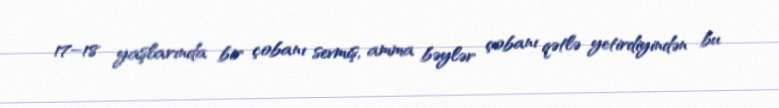
17–18 yaşlarında bir çobanı sevmiş, amma bəylər çobanı qətlə yetirdiyindən bu